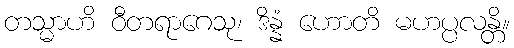
တသ္မာဟိ ဝီတရာဂေသု၊ ဒိန္နံ ဟောတိ မဟပ္ပလန္တိ။